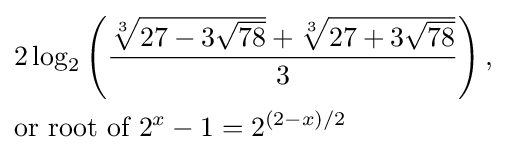
{\begin{aligned}&2\log _{2}\left(\displaystyle {\frac {{\sqrt[{3}]{27-3{\sqrt {78}}}}+{\sqrt[{3}]{27+3{\sqrt {78}}}}}{3}}\right),\\&{\text{or root of }}2^{x}-1=2^{(2-x)/2}\end{aligned}}